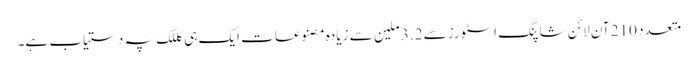
متعدد 210 آن لائن شاپنگ اسٹورز سے 3.2 ملین سے زیادہ مصنوعات ایک ہی کللک پہ دستیاب ہے۔